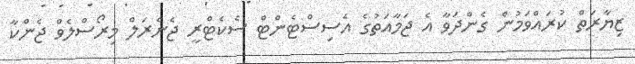
ޒިޔާރަތް ކުރައްވަމުން ގެންދަވާ އެ ޖަމާއަތުގެ އެސިސްޓެންޓް ސެކެޓްރީ ޖެނެރަލް މިރޯސްލެވް ޖެންކާ